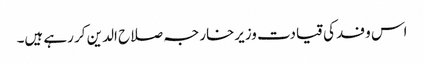
اس وفد کی قیادت وزیرخارجہ صلاح الدین کر رہے ہیں۔